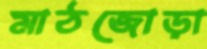
মাঠজোড়া